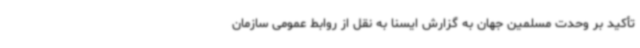
تأکید بر وحدت مسلمین جهان به گزارش ایسنا به نقل از روابط عمومی سازمان